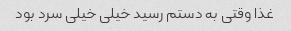
غذا وقتی به دستم رسید خیلی خیلی سرد بود